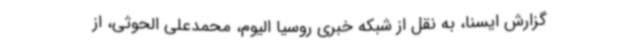
گزارش ایسنا، به نقل از شبکه خبری روسیا الیوم، محمدعلی الحوثی، از